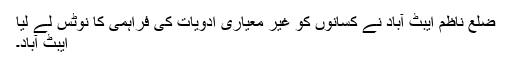
ضلع ناظم ایبٹ آباد نے کسانوں کو غیر معیاری ادویات کی فراہمی کا نوٹس لے لیا
ایبٹ آباد۔